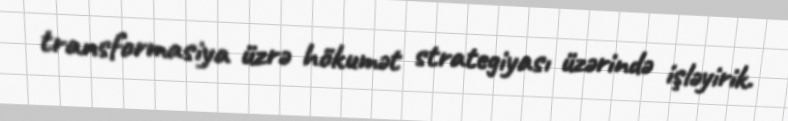
transformasiya üzrə hökumət strategiyası üzərində işləyirik.